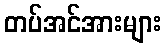
တပ်အင်အားများ